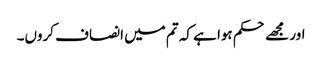
اور مجھے حکم ہوا ہے کہ تم میں انصاف کروں۔